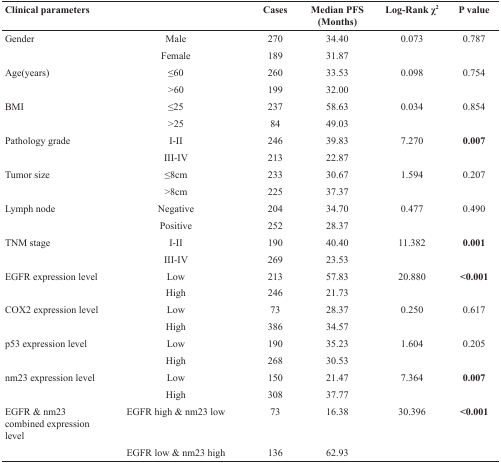
<table><thead><tr><td><b>Clinical parameters</b></td><td>[EMPTY_CELL]</td><td><b>Cases</b></td><td><b>Median PFS (Months)</b></td><td><b>Log-Rank χ<sup>2</sup></b></td><td><b>P value</b></td></tr></thead><tbody><tr><td>Gender</td><td>Male</td><td>270</td><td>34.40</td><td>0.073</td><td>0.787</td></tr><tr><td>[EMPTY_CELL]</td><td>Female</td><td>189</td><td>31.87</td><td>[EMPTY_CELL]</td><td>[EMPTY_CELL]</td></tr><tr><td>Age(years)</td><td>≤60</td><td>260</td><td>33.53</td><td>0.098</td><td>0.754</td></tr><tr><td>[EMPTY_CELL]</td><td>&gt;60</td><td>199</td><td>32.00</td><td>[EMPTY_CELL]</td><td>[EMPTY_CELL]</td></tr><tr><td>BMI</td><td>≤25</td><td>237</td><td>58.63</td><td>0.034</td><td>0.854</td></tr><tr><td>[EMPTY_CELL]</td><td>&gt;25</td><td>84</td><td>49.03</td><td>[EMPTY_CELL]</td><td>[EMPTY_CELL]</td></tr><tr><td>Pathology grade</td><td>I-II</td><td>246</td><td>39.83</td><td>7.270</td><td><b>0.007</b></td></tr><tr><td>[EMPTY_CELL]</td><td>III-IV</td><td>213</td><td>22.87</td><td>[EMPTY_CELL]</td><td>[EMPTY_CELL]</td></tr><tr><td>Tumor size</td><td>≤8cm</td><td>233</td><td>30.67</td><td>1.594</td><td>0.207</td></tr><tr><td>[EMPTY_CELL]</td><td>&gt;8cm</td><td>225</td><td>37.37</td><td>[EMPTY_CELL]</td><td>[EMPTY_CELL]</td></tr><tr><td>Lymph node</td><td>Negative</td><td>204</td><td>34.70</td><td>0.477</td><td>0.490</td></tr><tr><td>[EMPTY_CELL]</td><td>Positive</td><td>252</td><td>28.37</td><td>[EMPTY_CELL]</td><td>[EMPTY_CELL]</td></tr><tr><td>TNM stage</td><td>I-II</td><td>190</td><td>40.40</td><td>11.382</td><td><b>0.001</b></td></tr><tr><td>[EMPTY_CELL]</td><td>III-IV</td><td>269</td><td>23.53</td><td>[EMPTY_CELL]</td><td>[EMPTY_CELL]</td></tr><tr><td>EGFR expression level</td><td>Low</td><td>213</td><td>57.83</td><td>20.880</td><td><b>&lt;0.001</b></td></tr><tr><td>[EMPTY_CELL]</td><td>High</td><td>246</td><td>21.73</td><td>[EMPTY_CELL]</td><td>[EMPTY_CELL]</td></tr><tr><td>COX2 expression level</td><td>Low</td><td>73</td><td>28.37</td><td>0.250</td><td>0.617</td></tr><tr><td>[EMPTY_CELL]</td><td>High</td><td>386</td><td>34.57</td><td>[EMPTY_CELL]</td><td>[EMPTY_CELL]</td></tr><tr><td>p53 expression level</td><td>Low</td><td>190</td><td>35.23</td><td>1.604</td><td>0.205</td></tr><tr><td>[EMPTY_CELL]</td><td>High</td><td>268</td><td>30.53</td><td>[EMPTY_CELL]</td><td>[EMPTY_CELL]</td></tr><tr><td>nm23 expression level</td><td>Low</td><td>150</td><td>21.47</td><td>7.364</td><td><b>0.007</b></td></tr><tr><td>[EMPTY_CELL]</td><td>High</td><td>308</td><td>37.77</td><td>[EMPTY_CELL]</td><td>[EMPTY_CELL]</td></tr><tr><td>EGFR &amp; nm23 combined expression level</td><td>EGFR high &amp; nm23 low</td><td>73</td><td>16.38</td><td>30.396</td><td><b>&lt;0.001</b></td></tr><tr><td>[EMPTY_CELL]</td><td>EGFR low &amp; nm23 high</td><td>136</td><td>62.93</td><td>[EMPTY_CELL]</td><td>[EMPTY_CELL]</td></tr></tbody></table>